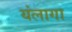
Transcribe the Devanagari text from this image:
यंलागा